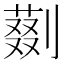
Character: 𠟝